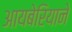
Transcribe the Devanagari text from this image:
आयबेरियाने